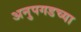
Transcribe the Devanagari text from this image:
अनुपगडच्या